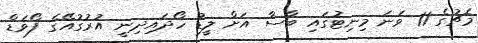
މެޗުގެ 11 ވަނަ މިނިޓުގައި ބާސާ އަށް ލީޑު ހޯދައިދިނީ އުރުގުއޭގެ ފޯވަޑް